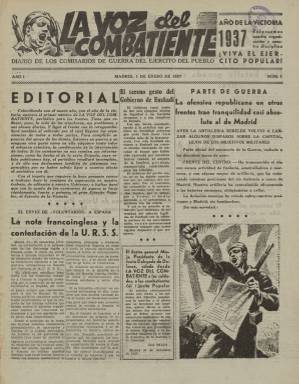
Título: La Voz del combatiente
Colección: Guerra civil || Periódicos
Ámbito geográfico: Madrid
Lugar de publicación: Madrid
Fechas: 01/01/1937-26/03/1939

Subtitulado Diario de los Comisarios de Guerra del Ejército del Pueblo, este periódico nació el 1 de enero de 1937 y se prolongó hasta prácticamente finalizada la contienda el 1 de abril de 1939. En 1938 el subtítulo cambió a Diario del Ejercito del Centro. La publicación sostenía el ideario del Partido Comunista, como deja ver la importancia que los comisarios tenían en las unidades militares.

   El diario constaba de cuatro páginas y salvo raras excepciones esa fue su paginación durante todo su tiempo de vida. Sacar todos los días un periódico con más páginas en tiempo de guerra no era fácil debido a la falta de recursos.

   El contenido bélico y la información sobre el desarrollo de las batallas en el frente es lo que predomina en La Voz del Combatiente, que aspiraba a poner en contacto a los soldados con la retaguardia y a que no decayera su moral de lucha y su fe en la victoria. En el aspecto gráfico es de destacar los dibujos de la portada y algunos grabados interiores, además de las fotografías, no muy abundantes.

   El periódico salió cuando lo peor del ataque nacionalista a Madrid se podía dar por acabado, dado que la mayor ofensiva se produjo durante noviembre y diciembre de 1936, aunque todavía se combatía en la Ciudad Universitaria, la Casa de Campo y el Parque del Oeste. Las fuerzas republicanas, con el general Miaja al frente, lograron frenar lo que parecía la inminente toma de la capital de España. Todo esto se refleja ampliamente en los primeros números de La Voz del Combatiente.

  Así, por ejemplo, en el primer número se reproducen las palabras que un comisario, megáfono en mano, dirige a los soldados de la trinchera enemiga intentando convencerles para que se pasen a su bando y dejen de ser explotados. El periódico destaca que, ante las sabias palabras del comisario, un legionario grita desde enfrente profiriendo solo insultos.

  La Biblioteca Nacional posee prácticamente todos los números publicados en los primeros seis meses. Luego solo tiene números sueltos de los años 1938 y 1939, el último de ellos de 26 de marzo, con solo dos páginas, y cuando la guerra estaba ya casi terminada y el general Miaja se había puesto del lado del coronel Casado, quien dio un golpe de Estado contra el Gobierno de Negrín para intentar pactar la paz con Franco, lo que no fue posible.

  Antes de eso, cumplidos los dos años del inicio de la guerra, el 18 de julio de 1938, La Voz del Combatiente publicó un número especial de 35 páginas, algunas de ellas como la de la portada en color. Este número, en el que todavía las fuerzas republicanas tenían fe en la victoria, se publicó un poco antes de la decisiva batalla del Ebro, que se prolongó durante unos meses y dio el triunfo definitivo al bando nacional.

[Descripción publicada el 17/08/2022]